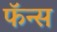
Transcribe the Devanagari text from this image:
फॅन्स